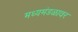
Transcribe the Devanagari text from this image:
मध्यमंडळावर